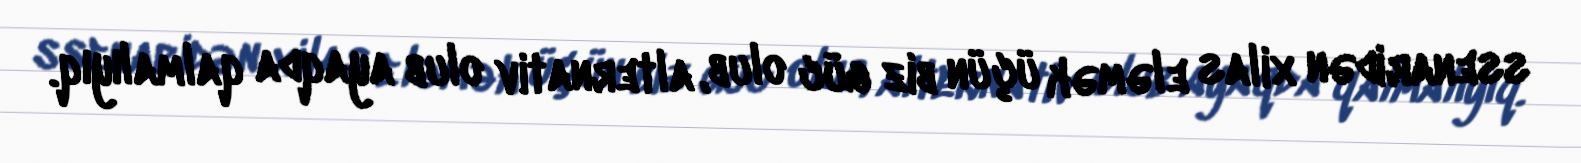
ssenaridən xilas eləmək üçün biz güc olub, alternativ olub ayaqda qalmalıyıq.